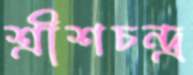
শ্রীশচন্দ্র